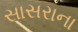
સાસરાના